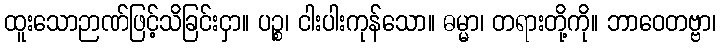
ထူးသောဉာဏ်ဖြင့်သိခြင်းငှာ။ ပဉ္စ၊ ငါးပါးကုန်သော။ ဓမ္မာ၊ တရားတို့ကို။ ဘာဝေတဗ္ဗာ၊